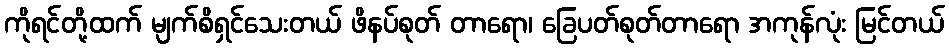
ကိုရင်တို့ထက် မျက်စိရှင်သေးတယ် ဖိနပ်စုတ် တာရော၊ ခြေပတ်စုတ်တာရော အကုန်လုံး မြင်တယ်